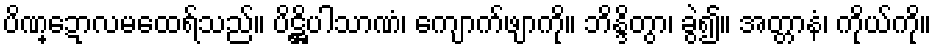
ပိဏ္ဍောလမထေရ်သည်။ ပိဋ္ဌိပါသာဏံ၊ ကျောက်ဖျာကို။ ဘိန္ဒိတွာ၊ ခွဲ၍။ အတ္တာနံ၊ ကိုယ်ကို။